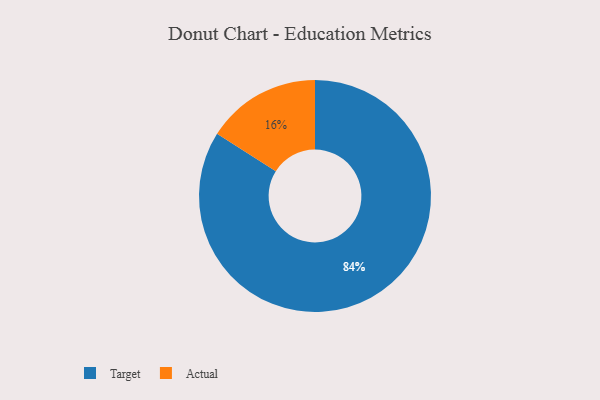
{"axis": {"x": "Category", "y": "Percentage"}, "legend": ["Actual", "Target"], "data": [{"x": "Target", "y": 84, "type": "Target"}, {"x": "Actual", "y": 16, "type": "Actual"}]}